Report of the Indian Hemp Drugs Commission, 1894-1895 - Volume VII
Year: 1894
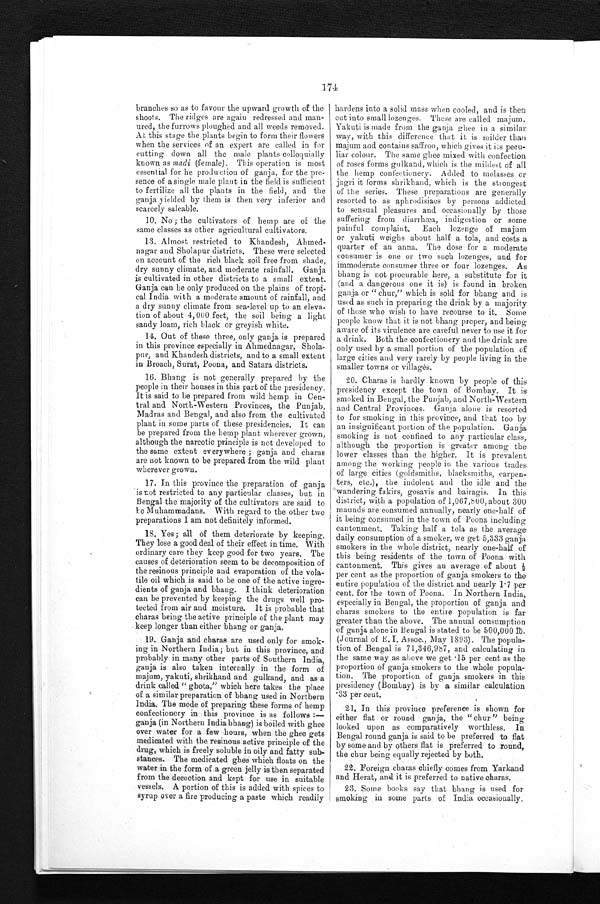
174
branches so as to favour the upward growth of the
shoots. The ridges are again redressed and man-
ured, the furrows ploughed and all weeds removed.
At this stage the plants begin to form their flowers
when the services of an expert are called in for
cutting down all the male plants colloquially
known as madi (female). This operation is most
essential for he production of ganja, for the pre-
sence of a single male plant in the field is sufficient
to fertilize all the plants in the field, and the
g a n j a y i e l d e d b y t h e m e i s t h e n v e r y i n f e r i o r a n d s c a r c e l y s a l e a b l e .
10. No ; the cultivators of hemp are of the
same classes as other agricultural cultivators.
13. Almost restricted to Khandesh, Ahmed-
nagar and Sholapur districts. These were selected
on account of the rich black soil free from shade,
dry sunny climate, and moderate rainfall. Ganja
is cultivated in other districts to a small extent.
Ganja can be only produced on the plains of tropi-
cal India with a moderate amount of rainfall, and
a dry sunny climate from sea-level up to an eleva-
tion of about 4,000 feet, the soil being a light
sandy loam, rich black or greyish white.
14. Out of these three, only ganja is prepared
in this province especially in Ahmednagar, Shola-
pur, and Khandesh districts, and to a small extent
in Broach, Surat, Poona, and Satara districts.
hardens into a solid mass when cooled, and is then
cut into small lozenges. These are called majum.
Yakuti is made from the ganja, ghee in a similar
way, with this difference that it is milder than
majum and contains saffron, which gives it its pecu-
liar colour. The same ghee mixed with confection
of roses forms gulkand, which is the mildest of all
the hemp confectionery. Added to molasses or
jagri it forms shrikhand, which is the strongest
of the series. These preparations are generally
r e s o r t e d t o a s a p h r o d i s i a c s b y p a r s o n s a d d i c t e d t o s e n s u a l p l e a s u r e s a n d o c c a s i o n a l l y b y t h o s e
suffering from diarrhœa, indigestion or some
painful complaint. Each lozenge of majum
or yakuti weighs about half a tola, and costs a
quarter of an anna. The dose for a moderate
consumer is one or two such lozenges, and for
immoderate consumer three or four lozenges. As
bhang is not procurable here, a substitute for it
(and a dangerous one it is) is found in broken
ganja or " chur," which is sold for bhang and is
used as such in preparing the drink by a majority
of those who wish to have recourse to it. Some
people know that it is not bhang proper, and being
aware of its virulence are careful never to use it for
a drink. Both the confectionery and the drink are
only used by a small portion of the population of
large cities and very rarely by people living in the
smaller towns or villages.
16.
Bhang is not generally prepared by the
people in their houses in this part of the presidency.
It is said to be prepared from wild hemp in Cen-
tral and North-Western Provinces, the Punjab,
Madras and Bengal, and also from the cultivated
plant in some parts of these presidencies. It can
be prepared from the hemp plant wherever grown,
although the narcotic principle is not developed to
the same extent everywhere ; ganja and charas
are not known to be prepared from the wild plant
wherever grown.
17. In this province the preparation of ganja
is not restricted to any particular classes, but in
Bengal the majority of the cultivators are said to
be Muhammadans. With regard to the other two
preparations I am not definitely informed.
18. Yes ; all of them deteriorate by keeping.
They lose a good deal of their effect in time. With
ordinary care they keep good for two years. The
causes of deterioration seem to be decomposition of
the resinous principle and evaporation of the vola-
tile oil which is said to be one of the active ingre-
dients of ganja and bhang. I think deterioration
can be prevented by keeping the drugs well pro-
tected from air and moisture. It is probable that
charas being the active principle of the plant may
keep longer than either bhang or ganja.
19. Ganja and chards are used only for smok-
ing in Northern India; but in this province, and
probably in many other parts of Southern India,
ganja is also taken internally in the form of
majum, yakuti, shrikhand and gulkand, and as a
drink called " ghota," which here takes the place
of a similar preparation of bhang used in Northern
India. The mode of preparing these forms of hemp
confectionery in this province is as follows :—
ganja (in Northern India bhang) is boiled with ghee
over water for a few hours, when the ghee gets
medicated with the resinous active principle of the
drug, which is freely soluble in oily and fatty sub-
stances. The medicated ghee which floats on the
water in the form of a green jelly is then separated
from the decoction and kept for use in suitable
vessels. A portion of this is added with spices to
syrup over a fire producing a paste which readily
20.
Chards is hardly known by people of this
presidency except the town of Bombay. It is
smoked in Bengal, the Punjab, and North-Western
and Central Provinces. Ganja alone is resorted
to for smoking in this province, and that too by
an insignificant portion of the population. Ganja
smoking is not confined to any particular class,
although the proportion is greater among the
lower classes than the higher. It is prevalent
among the working people in the various trades
of large cities (goldsmiths, blacksmiths, carpen-
ters, etc.), the indolent and the idle and the
wandering fakirs, gosavis and bairagis. In this
district, with a population of 1,067,800, about 300
maunds are consumed annually, nearly one-half of
it being consumed in the town of Poona including
cantonment. Taking half a tola as the average
daily consumption of a smoker, we get 5,333 ganja
smokers in the whole district, nearly one-half of
this being residents of the town of Poona with
cantonment. This gives an average of about
per cent as the proportion of ganja smokers to the
entire population of the district and nearly l.7 per
cent. for the town of Poona. In Northern India,
especially in Bengal, the proportion of ganja and
charas smokers to the entire population is far
greater than the above. The annual consumption
of ganja alone in Bengal is stated to be 500,000 њ .
(Journal of E. I. Assoc., May 1893). The popula-
tion of Bengal is 71,346,987, and calculating in
the same way as above we get 15 per cent as the
proportion of ganja smokers to the whole popula-
tion. The proportion of ganja smokers in this
presidency (Bombay) is by a similar calculation
33 per cent.
21. In this province preference is shown for
either flat or round ganja, the " chur " being
looked upon as comparatively worthless, In
Bengal round ganja is said to be preferred to flat
by some and by others flat is preferred to round,
the chur being equally rejected by both.
22. Foreign charas chiefly comes from Yarkand
and Herat, and it is preferred to native charas.
23. Some books say that bhang is used for
smoking in some parts of India occasionally.